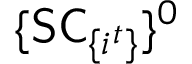
\{ \mathsf { S C } _ { \{ i ^ { t } \} } \} ^ { 0 }